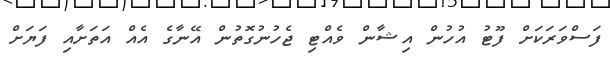
ފަސްވަރަކަށް ފޫޓު އުހުން އިޝާން ވެއްޓި ޖެހުނުގޮތުން އޭނާގެ އެއް އަތަށާއި ފަޔަށް